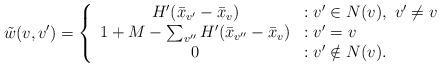
LaTeX: \begin{align*} \tilde{w}(v,v') = \left\{ \begin{array}{cl} H'(\bar{x}_{v'} - \bar{x}_{v}) & : v' \in N(v),\ v' \neq v\\ 1 + M - \sum_{v''}H'(\bar{x}_{v''} - \bar{x}_{v}) & : v' = v \\ 0 & : v' \notin N(v). \\ \end{array} \right.\end{align*}